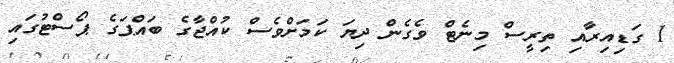
1 ގަޑިއިރާއި ތިރީސް މިނެޓް ވެގެން ދިޔަ ކަމަށްވެސް ކުއްޖާގެ ބައްޕަގެ ޕޯސްޓުގައި